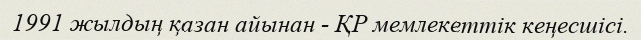
1991 жылдың қазан айынан - ҚР мемлекеттік кеңесшісі.